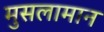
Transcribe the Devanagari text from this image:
मुसलामान